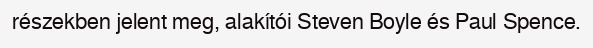
részekben jelent meg, alakítói Steven Boyle és Paul Spence.